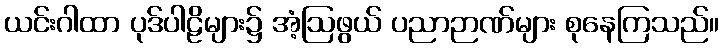
ယင်းဂါထာ ပုဒ်ပါဠိများ၌ အံ့ဩဖွယ် ပညာဉာဏ်များ စုနေကြသည်။